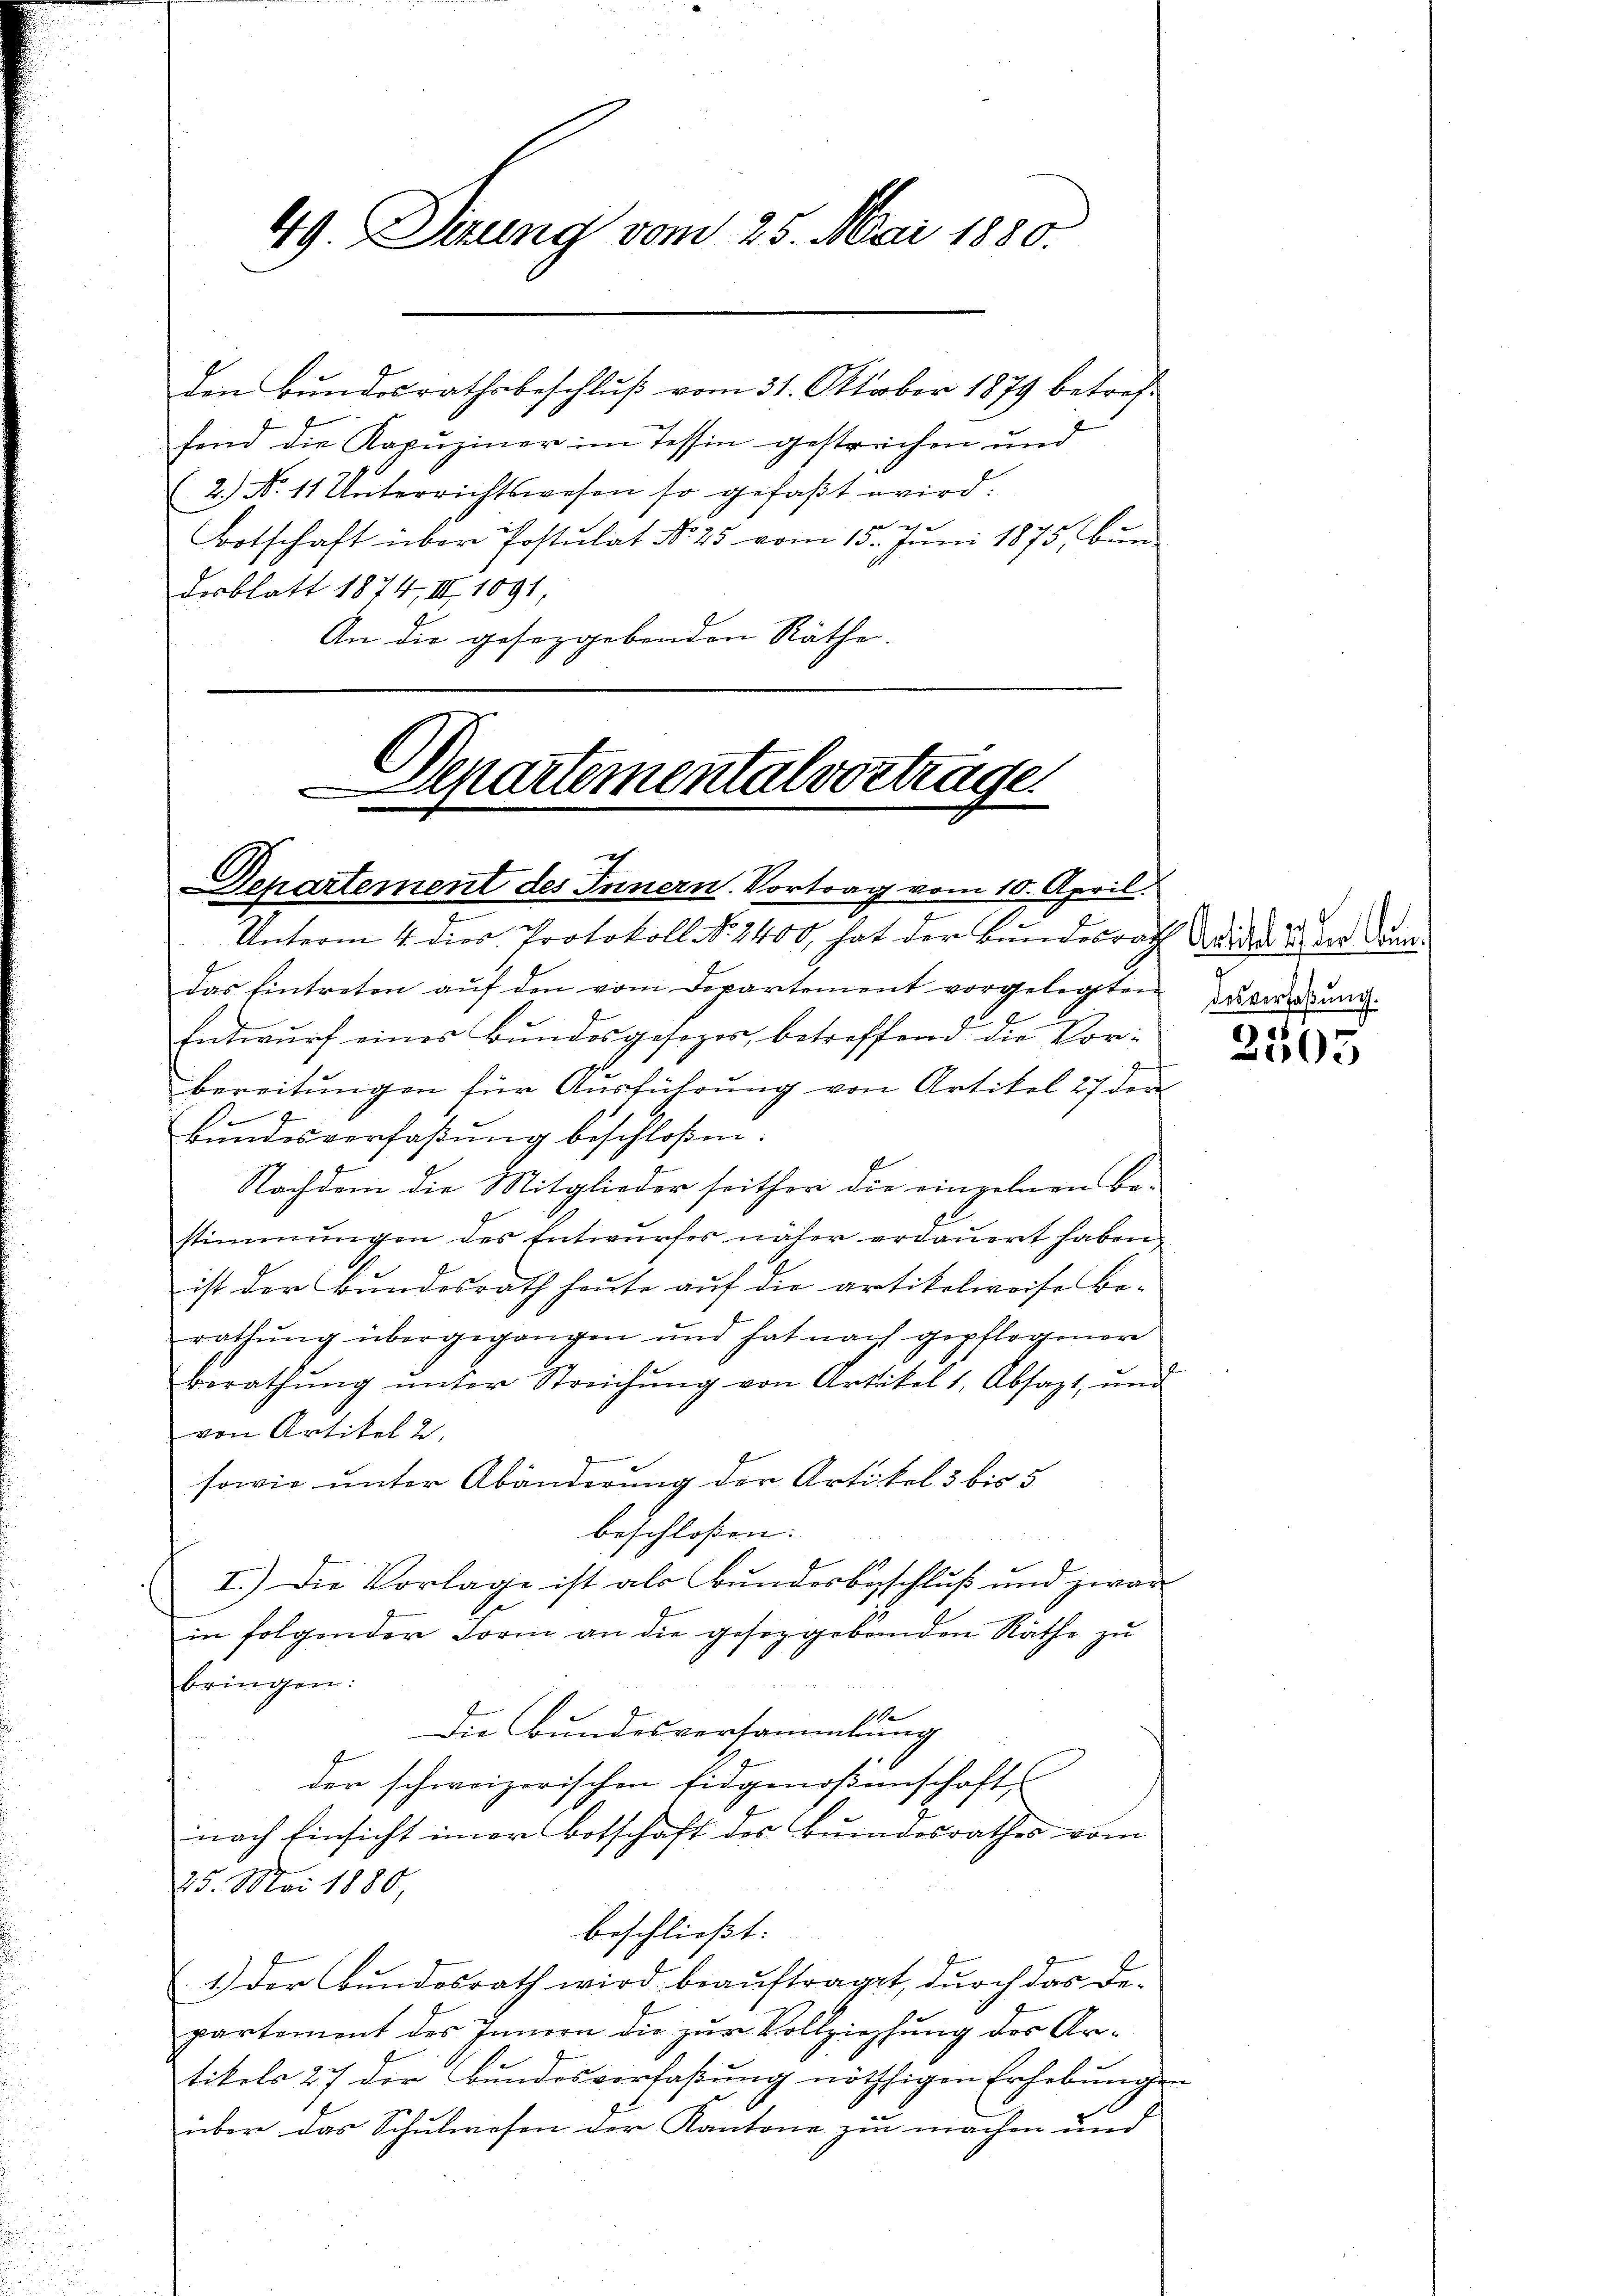
Den Bundesrathsbeschlŭβ vom 31. Oktober 1879 betrefsind die Kapuziner im Tessin gestrechen und
2.) No 11 Unterrichtswesen so gefaßt wird:
d
Botschaft über Postulat No 25 vom 13. Juni 1875, Bundesblatt 1874, III 1091,
An die gesetzgebenden Räthe.

49. Serung vom 25. Mai 1880.

Departemental vortrage
7
Departement des Innern. Vortrag vom 10. April.

Unterm 4. dies Protokoll No 2400, hat der Bundesrath d. d. d. d. der den
das Eintreten aŭf den vom Departement vorgelegten des verbund
Entwŭrf eines Bŭndesgesezes, betreffend die Vorbereitungen für Ausführung von Artikel 27 der
Bŭndesverfaßung beschloßen:
Nachdem die Mitglieder seither die einzelnen Be-
stimmungen des Entwurfes näher erdauert haben.
ist der Bundesrath heute auf die artikelweise Be-
rathung übergegangen und hat nach gepflogener
Berathŭng ŭnter Streichŭng von Artikel 1, Absagt, ŭnd
von Artikel 2
sowie unter Abänderung der Artikel 3 bis 5
beschloßen:
I.) Die Vorlage ist als Bundesbeschluß und zwar
in folgender Form an die gesetzgebenden Räthe zŭ
bringen:
1e
Die Bundesversammlung
der schweizerischen Eidgenoßenschaft
nach Einsicht einer Botschaft des Bundesrathes vom
25. Mai 1880,
beschließt:
1.) Der Bundesrath wird beauftraget, durch das De-
partement des Innern die zur Vollziehung des Artikels 27 der Bundesverfaßung nöthigen Erhebungen
über das Schulwesen der Kantone zu machen und

2505